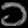
Digit: ၁